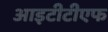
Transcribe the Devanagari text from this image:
आइटीटीएफ